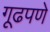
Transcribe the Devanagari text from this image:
गूढपणे